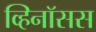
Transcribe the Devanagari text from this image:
व्हिनॉसस